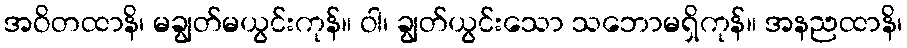
အဝိတထာနိ၊ မချွတ်မယွင်းကုန်။ ဝါ၊ ချွတ်ယွင်းသော သဘောမရှိကုန်။ အနညထာနိ၊